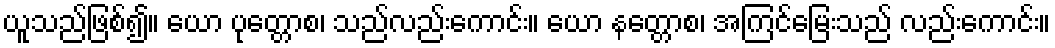
ယူသည်ဖြစ်၍။ ယော ပုတ္တောစ၊ သည်လည်းကောင်း။ ယော နတ္တောစ၊ အကြင်မြေးသည် လည်းကောင်း။